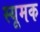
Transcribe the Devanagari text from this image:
स्यूमक